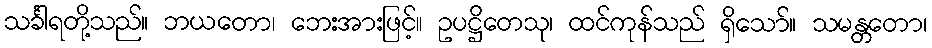
သင်္ခါရတို့သည်။ ဘယတော၊ ဘေးအားဖြင့်။ ဥပဋ္ဌိတေသု၊ ထင်ကုန်သည် ရှိသော်။ သမန္တတော၊